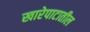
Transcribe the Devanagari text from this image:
खारेपाटातील